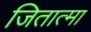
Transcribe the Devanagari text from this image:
जितात्मा